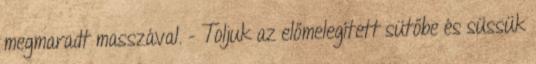
megmaradt masszával. - Toljuk az előmelegített sütőbe és süssük